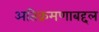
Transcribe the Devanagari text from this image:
अतिक्रमणाबद्दल